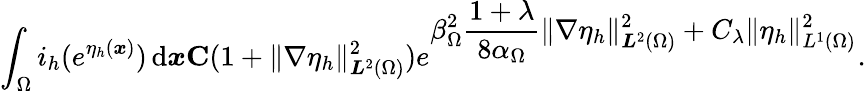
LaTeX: \int_{\Omega}i_{h}(e^{\eta_{h}({\boldsymbol x})})\, \mathrm{d}{\boldsymbol x}\le C(1+\| \nabla\eta_{h}\| _{{\boldsymbol L}^{2}(\Omega)}^{2})e^{\displaystyle\beta_{\Omega}^{2}\frac{1+\lambda}{8\alpha_{\Omega}}\| \nabla\eta_{h}\| _{{\boldsymbol L}^{2}(\Omega)}^{2}+C_{\lambda}\| \eta_{h}\| _{L^{1}(\Omega)}^{2}}.